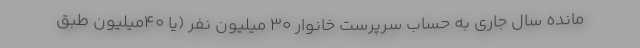
‌مانده سال جاری به حساب سرپرست خانوار 30 میلیون نفر (یا 40میلیون طبق